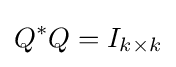
Q^{*}Q=I_{k\times k}